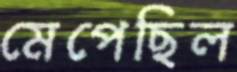
মেপেছিল